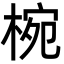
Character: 椀